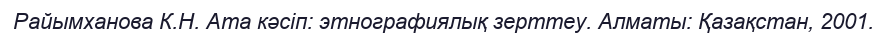
Райымханова К.Н. Ата кәсіп: этнографиялық зерттеу. Алматы: Қазақстан, 2001.